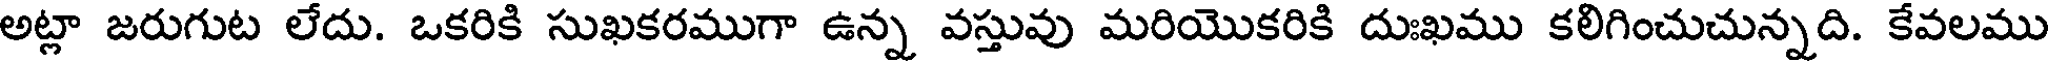
అట్లా జరుగుట లేదు. ఒకరికి సుఖకరముగా ఉన్న వస్తువు మరియొకరికి దుఃఖము కలిగించుచున్నది. కేవలము